Etiology and epidemiology of plague
Disease focus: Plague
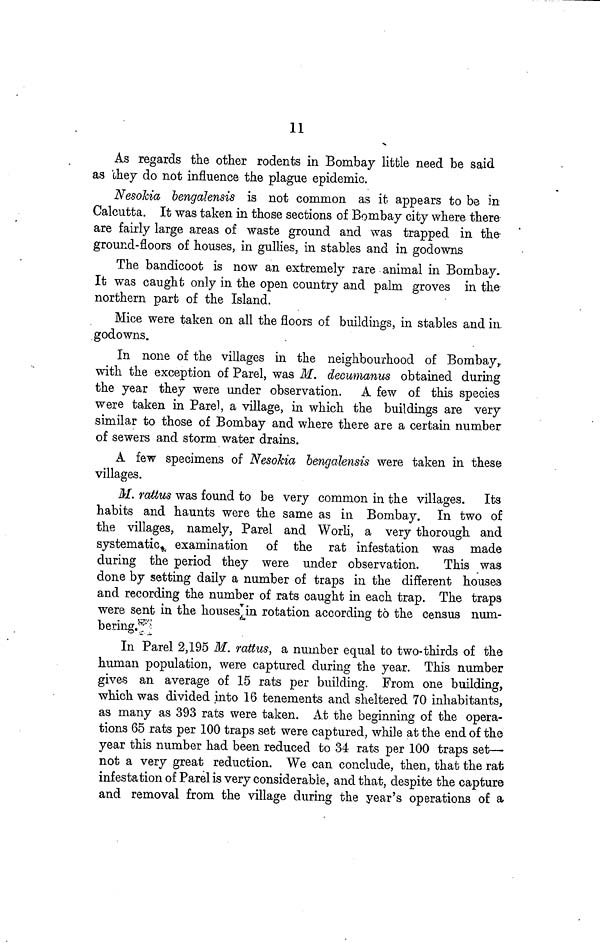
11
As regards the other rodents in Bombay little need be said
as they do not influence the plague epidemic.
Nesokia bengalensis is not common as it appears to be in
Calcutta. It was taken in those sections of Bombay city where there
are fairly large areas of waste ground and was trapped in the
ground-floors of houses, in gullies, in stables and in godowns
The bandicoot is now an extremely rare animal in Bombay.
It was caught only in the open country and palm groves in the
northern part of the Island.
Mice were taken on all the floors of buildings, in stables and in
godowns.
In none of the villages in the neighbourhood of Bombay,
with the exception of Parel, was M. decumanus obtained during
the year they were under observation. A few of this species
were taken in Parel, a village, in which the buildings are very
similar to those of Bombay and where there are a certain number
of sewers and storm water drains.
A few specimens of Nesokia bengalensis were taken in these
villages.
M. rattus was found to be very common in the villages.
Its
habits and haunts were the same as in Bombay. In two of
the villages, namely, Parel and Worli, a very thorough and
systematic, examination of the rat infestation was made
during the period they were under observation.
This was
done by setting daily a number of traps in the different houses
and recording the number of rats caught in each trap. The traps
were sent in the houses in rotation according to the census num-
bering.
In Parel 2,195 M. rattus, a number equal to two-thirds of the
human population, were captured during the year. This number
gives an average of 15 rats per building. From one building,
which was divided into 16 tenements and sheltered 70 inhabitants,
as many as 393 rats were taken. At the beginning of the opera-
tions 65 rats per 100 traps set were captured, while at the end of the
year this number had been reduced to 34 rats per 100 traps set—
not a very great reduction. We can conclude, then, that the rat
infestation of Parel is very considerable, and that, despite the capture
and removal from the village during the year's operations of a